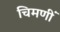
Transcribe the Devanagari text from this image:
चिमणीं